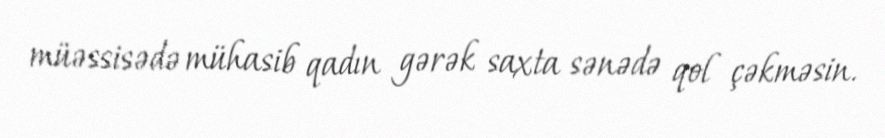
müəssisədə mühasib qadın gərək saxta sənədə qol çəkməsin.